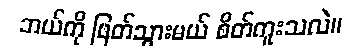
ဘယ်ကို ဖြတ်သွားမယ် စိတ်ကူးသလဲ။